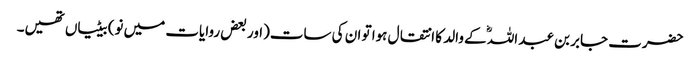
حضرت جابر بن عبد اللہؓ کے والد کا انتقال ہوا تو ان کی سات(اور بعض روایات میں نو) بیٹیاں تھیں۔